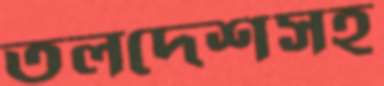
তলদেশসহ